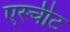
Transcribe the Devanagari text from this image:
एस्चीट